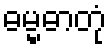
ဓမ္မဓာတုံ